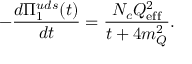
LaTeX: - \frac { d \Pi _ { 1 } ^ { u d s } ( t ) } { d t } = \frac { N _ { c } Q _ { \mathrm { e f f } } ^ { 2 } } { t + 4 m _ { Q } ^ { 2 } } .